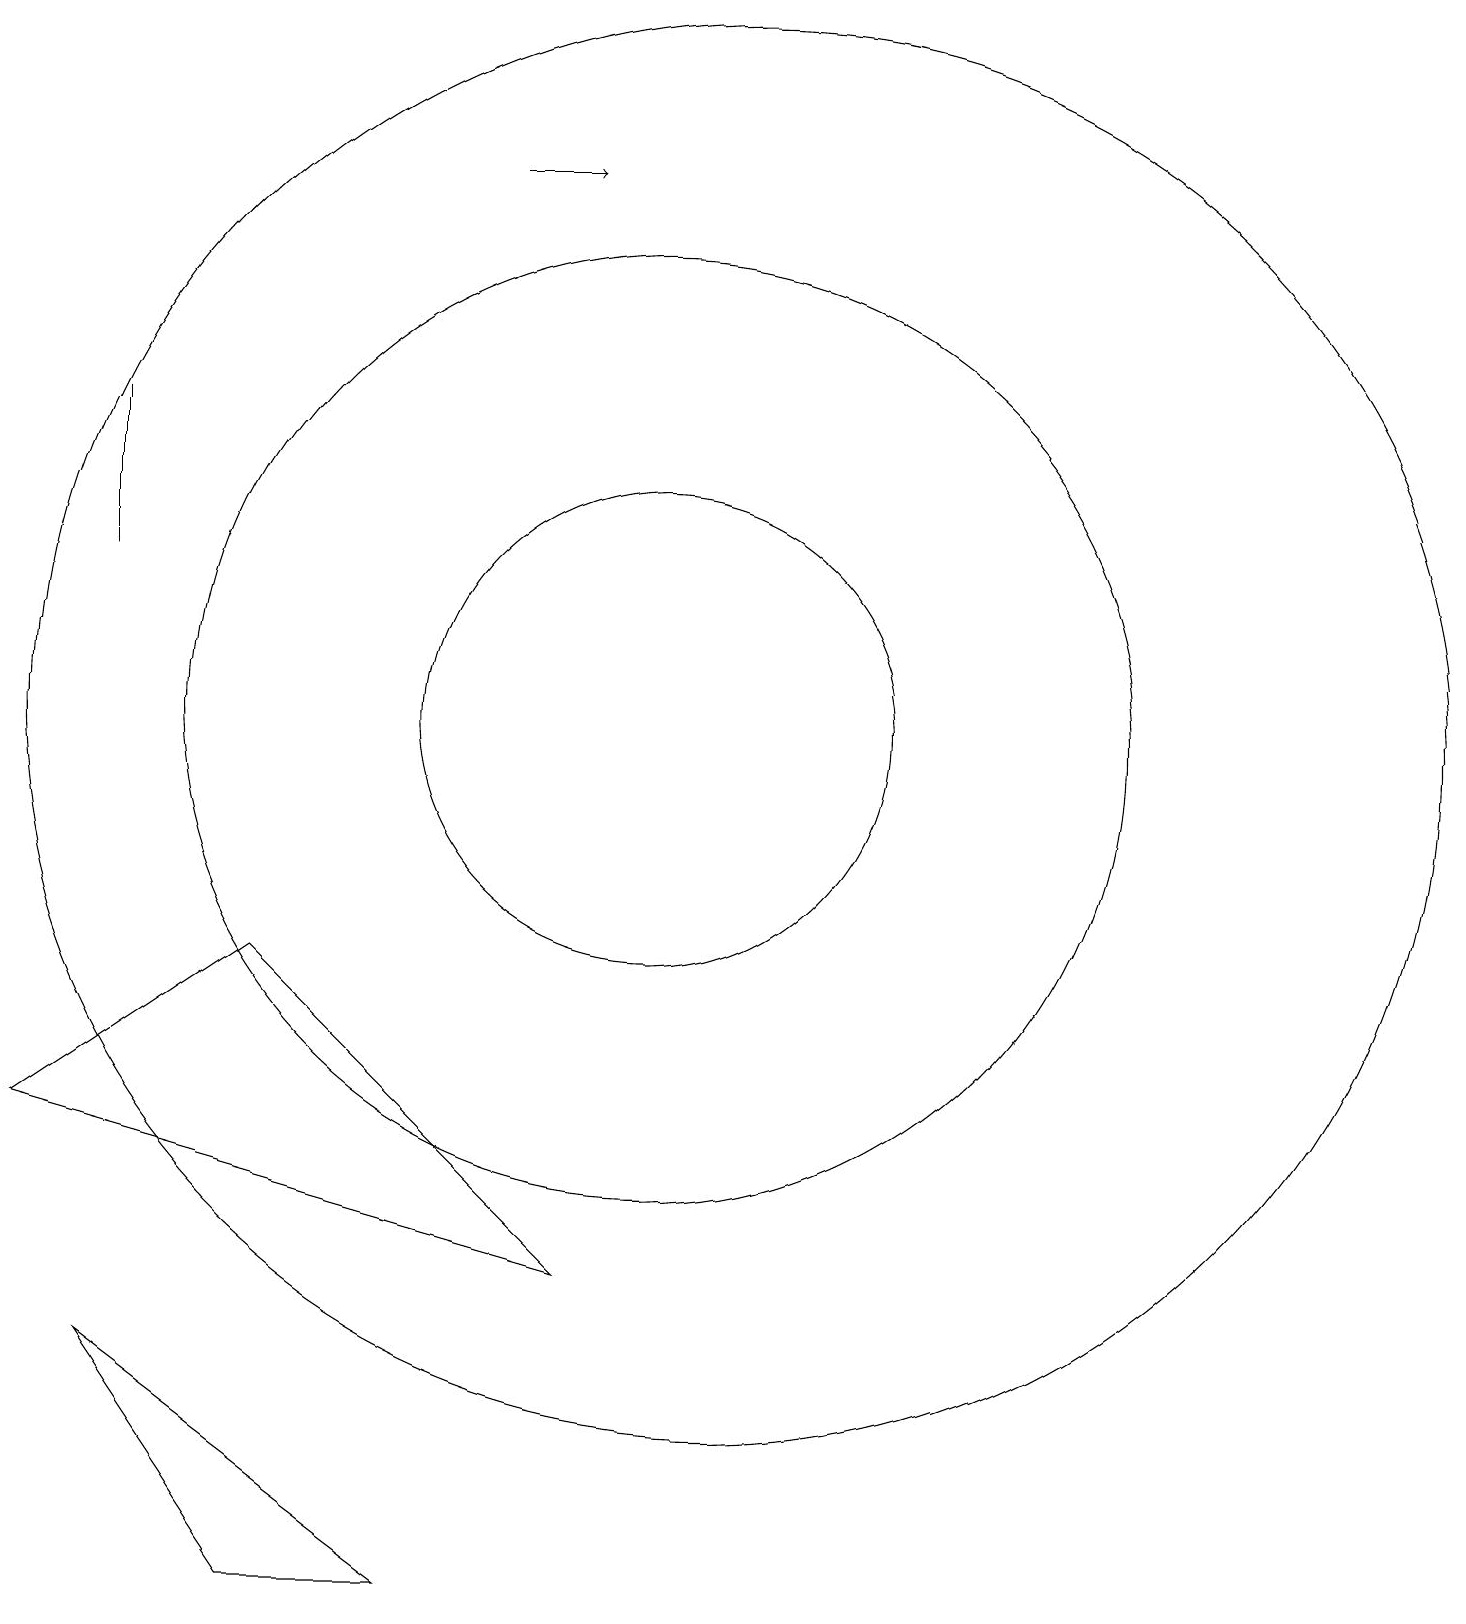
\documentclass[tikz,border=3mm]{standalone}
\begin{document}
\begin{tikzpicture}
\draw (10,11) circle (6);
\draw[->] (8,18) -- (9,18);
\draw (11,12) circle (0);
\draw (7,0) -- (3,3) -- (5,0) -- cycle;
\draw (3,13) rectangle (3,15);
\draw (11,11) circle (9);
\draw (10,11) circle (3);
\draw (9,4) -- (2,6) -- (5,8) -- cycle;
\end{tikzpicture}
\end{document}